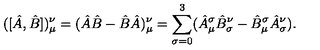
( [ \hat { A } , \hat { B } ] ) _ { \mu } ^ { \nu } = ( \hat { A } \hat { B } - \hat { B } \hat { A } ) _ { \mu } ^ { \nu } = \sum _ { \sigma = 0 } ^ { 3 } ( \hat { A } _ { \mu } ^ { \sigma } \hat { B } _ { \sigma } ^ { \nu } - \hat { B } _ { \mu } ^ { \sigma } \hat { A } _ { \sigma } ^ { \nu } ) .